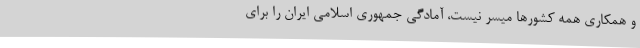
و همکاری همه کشورها میسر نیست، آمادگی جمهوری اسلامی ایران را برای